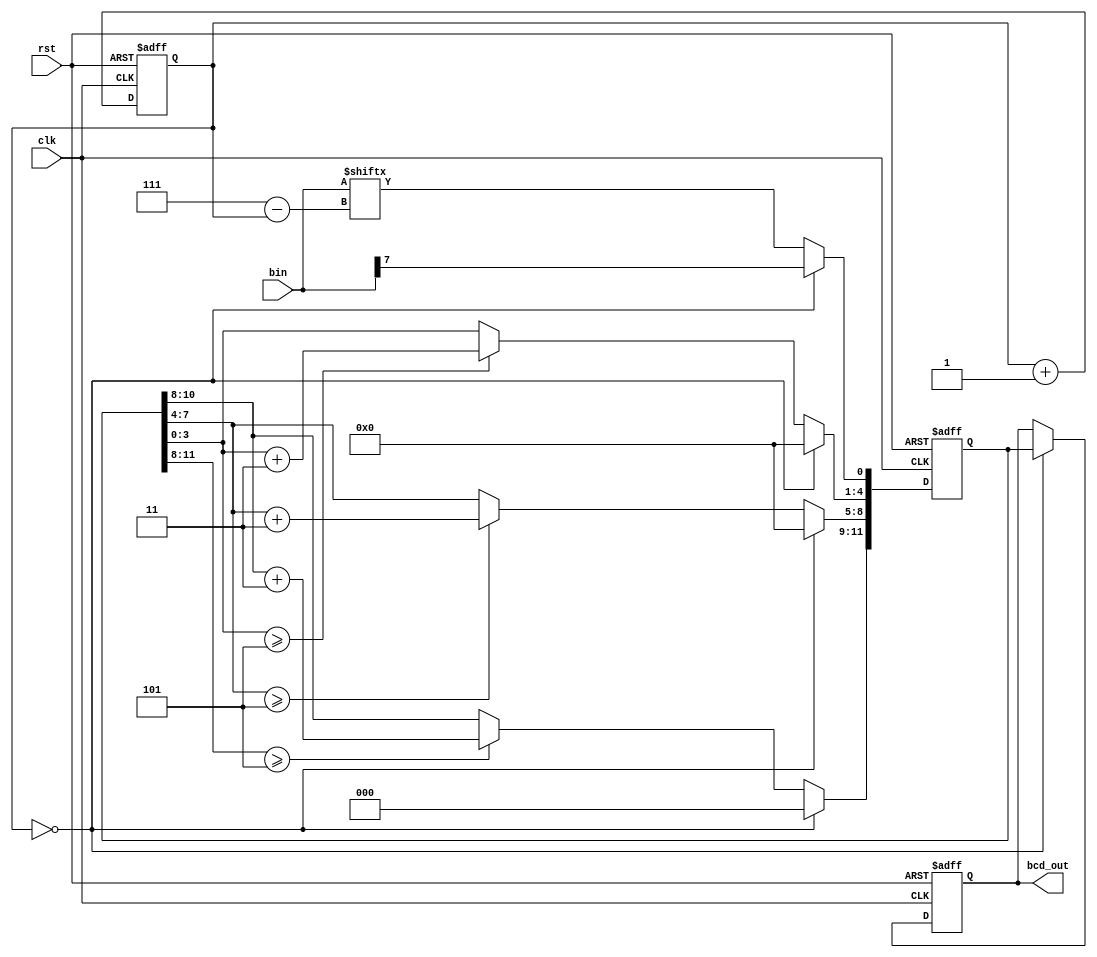
`timescale 1ms / 1us
//////////////////////////////////////////////////////////////////////////////////
// Company: 
// Engineer: 
// 
// Design Name: 
// Module Name: traffic_signal_text
// Project Name: 
// Target Devices: 
// Tool Versions: 
// Description: 
// 
// Dependencies: 
// 
// Revision:
// Revision 0.01 - File Created
// Additional Comments:
// 
//////////////////////////////////////////////////////////////////////////////////

module bin2bcd(clk, rst, bin, bcd_out);

input clk, rst;
input [7:0] bin;
reg [11:0] bcd;
output reg [11:0] bcd_out;

reg [2:0] i;

always @(posedge rst or posedge clk) begin
    if(rst) begin
        bcd <= {4'd0, 4'd0, 4'd0};
        i <= 0;
    end
    else begin
        if(i == 0) begin
            bcd[11:1] <= 11'b0000_0000_000;
            bcd[0] <= bin[7];
        end
        else begin
            bcd[11:9] <= (bcd[11:8] >= 3'd5) ? bcd[11:8] + 2'd3 : bcd[11:8];
            bcd[8:5] <= (bcd[7:4] >= 3'd5) ? bcd[7:4] + 2'd3 : bcd[7:4];
            bcd[4:1] <= (bcd[3:0] >= 3'd5) ? bcd[3:0] + 2'd3 : bcd[3:0];
            bcd[0] <= bin[7-i];
        end
        i <= i + 1;
    end
end

always @(posedge rst or posedge clk) begin
    if(rst) bcd_out <= {4'd0, 4'd0, 4'd0};
    else if(i == 0) bcd_out <= bcd;
end
endmodule


module traffic_signal_text(rst, clk, LCD_E, LCD_RS, LCD_RW, LCD_DATA, hour, minute, second, situation); // situation is main module's state

input rst, clk;
input [5:0] second;
input [5:0] minute;
input [4:0] hour;
input [3:0] situation;

output LCD_E, LCD_RS, LCD_RW;
output reg [7:0] LCD_DATA;

wire LCD_E;
reg LCD_RS, LCD_RW;
reg [5:0] second_reg;

reg [2:0] state;
wire [11:0] hour_bcd;
wire [11:0] minute_bcd;
wire [11:0] second_bcd;
parameter DELAY        = 3'b000,
          FUNCTION_SET = 3'b001,
          ENTRY_MODE   = 3'b010,
          DISP_ONOFF   = 3'b011,
          LINE1        = 3'b100,
          LINE2        = 3'b101,
          DELAY_T      = 3'b110,
          CLEAR_DISP   = 3'b111;
          
integer cnt;

bin2bcd n1(clk, rst, {3'b000, hour}, hour_bcd);
bin2bcd n2(clk, rst, {2'b00, minute}, minute_bcd);
bin2bcd n3(clk, rst, {2'b00, second}, second_bcd);

always @(posedge clk or negedge rst)
begin
    if(!rst)
        second_reg <= 0;
    else begin
        second_reg <= second;
    end
end

always @(posedge clk or negedge rst)
begin
    if(!rst)
        state <= DELAY;
    else
    begin
        case(state)
            DELAY : begin
                if(cnt == 10) state <= FUNCTION_SET;
            end
            FUNCTION_SET : begin
                if(cnt == 5) state <= DISP_ONOFF;
            end
            DISP_ONOFF : begin
                if(cnt == 5) state <= ENTRY_MODE;
            end
            ENTRY_MODE : begin
                if(cnt == 5) state <= LINE1;
            end
            LINE1 : begin
                if(cnt == 20) state <= LINE2;
            end
            LINE2 : begin
                if(cnt == 20) state <= DELAY_T;
            end
            DELAY_T : begin
                if(second_reg != second) state <= CLEAR_DISP;
            end
            CLEAR_DISP : begin
                if(cnt == 5) state <= LINE1;
            end
            default : state <=  DELAY;
        endcase
    end
end

always @(posedge clk or negedge rst)
begin
    if(!rst)
        cnt <= 0;
    else begin
        case(state)
            DELAY :
                if(cnt >= 10) cnt <= 0;
                else cnt <= cnt + 1;
            FUNCTION_SET :
                if(cnt >= 5) cnt <= 0;
                else cnt <= cnt + 1;
            DISP_ONOFF :
                if(cnt >= 5) cnt <= 0;
                else cnt <= cnt + 1;
            ENTRY_MODE :
                if(cnt >= 5) cnt <= 0;
                else cnt <= cnt + 1;
            LINE1 :
                if(cnt >= 20) cnt <= 0;
                else cnt <= cnt + 1;
            LINE2 : 
                if(cnt >= 20) cnt <= 0;
                else cnt <= cnt + 1;
            DELAY_T :
                if(second_reg != second) cnt <= 0;
            CLEAR_DISP :
                if(cnt >= 5) cnt <= 0;
                else cnt <= cnt + 1;
            default : state <= DELAY;
        endcase
    end
end        

always @(posedge clk or negedge rst)
begin
    if(!rst)
        {LCD_RS, LCD_RW, LCD_DATA} <= 10'b1_1_00000000;
    else begin
        case(state)
            FUNCTION_SET :
                {LCD_RS, LCD_RW, LCD_DATA} <= 10'b0_0_0011_1000;
            DISP_ONOFF :
                {LCD_RS, LCD_RW, LCD_DATA} <= 10'b0_0_0000_1100;
            ENTRY_MODE :
                {LCD_RS, LCD_RW, LCD_DATA} <= 10'b0_0_0000_0110;
            LINE1 :
                begin
                    case(cnt)
                        00 : {LCD_RS, LCD_RW, LCD_DATA} <= 10'b0_0_1000_0000;
                        01 : {LCD_RS, LCD_RW, LCD_DATA} <= 10'b1_0_0101_0100; // T
                        02 : {LCD_RS, LCD_RW, LCD_DATA} <= 10'b1_0_0110_1001; // i
                        03 : {LCD_RS, LCD_RW, LCD_DATA} <= 10'b1_0_0110_1101; // m
                        04 : {LCD_RS, LCD_RW, LCD_DATA} <= 10'b1_0_0110_0101; // e
                        05 : {LCD_RS, LCD_RW, LCD_DATA} <= 10'b1_0_0011_1100; // :
                        06 : {LCD_RS, LCD_RW, LCD_DATA} <= 10'b1_0_0010_0000; //
                        07 : {LCD_RS, LCD_RW, LCD_DATA} <= {1'b1, 1'b0, 4'b0011, hour_bcd [7:4]}; // ho
                        08 : {LCD_RS, LCD_RW, LCD_DATA} <= {1'b1, 1'b0, 4'b0011, hour_bcd [3:0]}; // ur
                        09 : {LCD_RS, LCD_RW, LCD_DATA} <= 10'b1_0_0011_1100; // :
                        10 : {LCD_RS, LCD_RW, LCD_DATA} <= {1'b1, 1'b0, 4'b0011, minute_bcd [7:4]}; // min
                        11 : {LCD_RS, LCD_RW, LCD_DATA} <= {1'b1, 1'b0, 4'b0011, minute_bcd [3:0]}; // ute
                        12 : {LCD_RS, LCD_RW, LCD_DATA} <= 10'b1_0_0011_1100; // :
                        13 : {LCD_RS, LCD_RW, LCD_DATA} <= {1'b1, 1'b0, 4'b0011, second_bcd [7:4]}; // sec
                        14 : {LCD_RS, LCD_RW, LCD_DATA} <= {1'b1, 1'b0, 4'b0011, second_bcd [3:0]}; // ond
                        default : {LCD_RS, LCD_RW, LCD_DATA} <= 10'b1_0_0010_0000;
                endcase
            end    
            LINE2 :
                begin
                if(hour >= 8 && hour < 23) begin
                    case(cnt)
                        00 : {LCD_RS, LCD_RW, LCD_DATA} <= 10'b0_0_1100_0000;
                        01 : {LCD_RS, LCD_RW, LCD_DATA} <= 10'b0_0_0101_0011; // S
                        02 : {LCD_RS, LCD_RW, LCD_DATA} <= 10'b1_0_0111_0100; // t
                        03 : {LCD_RS, LCD_RW, LCD_DATA} <= 10'b1_0_0110_0001; // a
                        04 : {LCD_RS, LCD_RW, LCD_DATA} <= 10'b1_0_0111_0100; // t
                        05 : {LCD_RS, LCD_RW, LCD_DATA} <= 10'b1_0_0110_0101; // e
                        06 : {LCD_RS, LCD_RW, LCD_DATA} <= 10'b1_0_0011_1100; // :
                        07 : {LCD_RS, LCD_RW, LCD_DATA} <= 10'b1_0_0010_0000; // 
                        08 : {LCD_RS, LCD_RW, LCD_DATA} <= {1'b1, 1'b0, 4'b0100, situation [3:0]}; // A ~ H
                        09 : {LCD_RS, LCD_RW, LCD_DATA} <= 10'b1_0_0010_0000; // 
                        10 : {LCD_RS, LCD_RW, LCD_DATA} <= 10'b1_0_0100_0100; // D
                        11 : {LCD_RS, LCD_RW, LCD_DATA} <= 10'b1_0_0100_0001; // A
                        12 : {LCD_RS, LCD_RW, LCD_DATA} <= 10'b1_0_0101_1001; // Y
                        default : {LCD_RS, LCD_RW, LCD_DATA} <= 10'b1_0_0010_0000; // 
                    endcase
                end
                else begin
                    case(cnt)
                        00 : {LCD_RS, LCD_RW, LCD_DATA} <= 10'b0_0_1100_0000;
                        01 : {LCD_RS, LCD_RW, LCD_DATA} <= 10'b0_0_0101_0011; // S
                        02 : {LCD_RS, LCD_RW, LCD_DATA} <= 10'b1_0_0111_0100; // t
                        03 : {LCD_RS, LCD_RW, LCD_DATA} <= 10'b1_0_0110_0001; // a
                        04 : {LCD_RS, LCD_RW, LCD_DATA} <= 10'b1_0_0111_0100; // t
                        05 : {LCD_RS, LCD_RW, LCD_DATA} <= 10'b1_0_0110_0101; // e
                        06 : {LCD_RS, LCD_RW, LCD_DATA} <= 10'b1_0_0011_1100; // :
                        07 : {LCD_RS, LCD_RW, LCD_DATA} <= 10'b1_0_0010_0000; // 
                        08 : {LCD_RS, LCD_RW, LCD_DATA} <= {1'b1, 1'b0, 4'b0100, situation [3:0]}; // A ~ H
                        09 : {LCD_RS, LCD_RW, LCD_DATA} <= 10'b1_0_0010_0000; // 
                        10 : {LCD_RS, LCD_RW, LCD_DATA} <= 10'b1_0_0100_1110; // N
                        11 : {LCD_RS, LCD_RW, LCD_DATA} <= 10'b1_0_0100_1001; // I
                        12 : {LCD_RS, LCD_RW, LCD_DATA} <= 10'b1_0_0100_0111; // G
                        13 : {LCD_RS, LCD_RW, LCD_DATA} <= 10'b1_0_0100_1000; // H
                        14 : {LCD_RS, LCD_RW, LCD_DATA} <= 10'b1_0_0101_0100; // T
                        default : {LCD_RS, LCD_RW, LCD_DATA} <= 10'b1_0_0010_0000; // 
                    endcase
                end
            end
            DELAY_T :
                {LCD_RS, LCD_RW, LCD_DATA} <= 10'b0_0_0000_0010;
            CLEAR_DISP :
                {LCD_RS, LCD_RW, LCD_DATA} <= 10'b0_0_0000_0001;
            default :
                {LCD_RS, LCD_RW, LCD_DATA} <= 10'b1_1_0000_0000;
        endcase
    end
end

assign LCD_E = clk;

endmodule